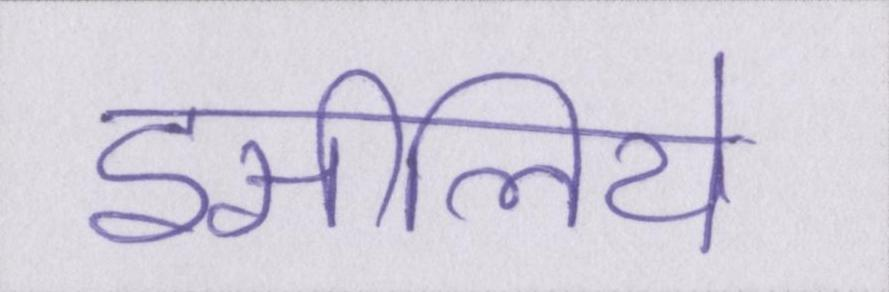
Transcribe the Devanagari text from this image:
इसीलिये